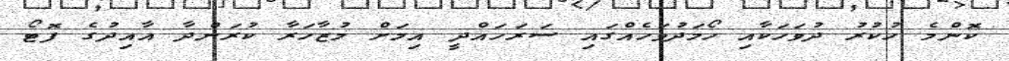
ކޮންމެ ހުކުރު ދުވަހަކާއި ހޯމަދުވަހެއްގައި ސަރަހައްދީ އިމަށް މުޒާހަރާ ކުރަންދާ އާއިދުގެ ފޮޓޯ